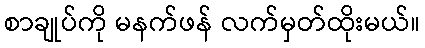
စာချုပ်ကို မနက်ဖန် လက်မှတ်ထိုးမယ်။